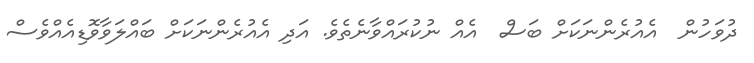
ދުވަހުން  އެއުރެންނަކަށް ބަސް  އެއް ނުކުރައްވާނެތެވެ. އަދި އެއުރެންނަކަށް ބައްލަވާވޮޑިއެއްވެސް